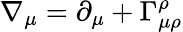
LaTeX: \nabla_{\mu}=\partial_{\mu}+\Gamma_{\mu\rho}^{\rho}